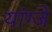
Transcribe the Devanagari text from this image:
यांग्जे